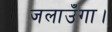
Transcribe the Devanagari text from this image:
जलाउँगा।